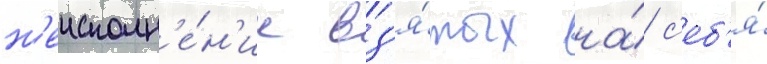
н'еисполн'е́н'ие вз'я́тых на́ с'еб'я́